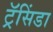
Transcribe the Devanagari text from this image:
ट्रॅसिंडा